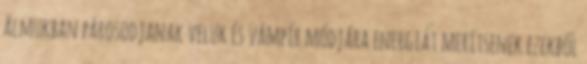
álmukban párosodjanak velük és vámpír módjára energiát merítsenek ezekből